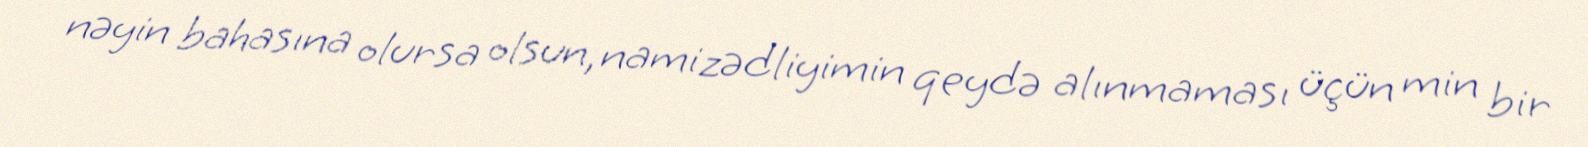
nəyin bahasına olursa olsun, namizədliyimin qeydə alınmaması üçün min bir